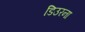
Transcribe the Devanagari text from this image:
डिउरना